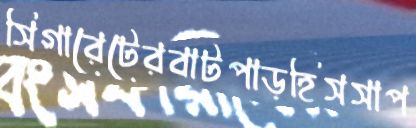
সিগারেটেরবাটপাড়হিসসাপ